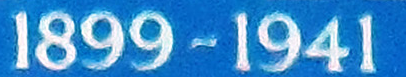
1899~1941